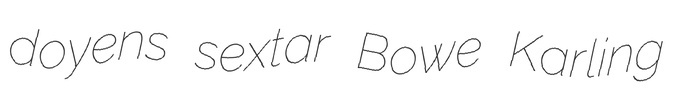
doyens sextar Bowe Karling